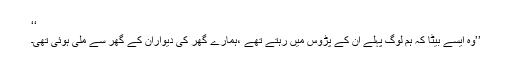
‘‘
’’وہ ایسے بیٹا کہ ہم لوگ پہلے ان کے پڑوس میں رہتے تھے ،ہمارے گھر کی دیواران کے گھر سے ملی ہوئی تھی۔